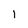
Character: 1